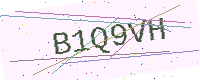
Text: B1Q9VH